Indian journal of veterinary science and animal husbandry - Volume 6,
Year: 1936
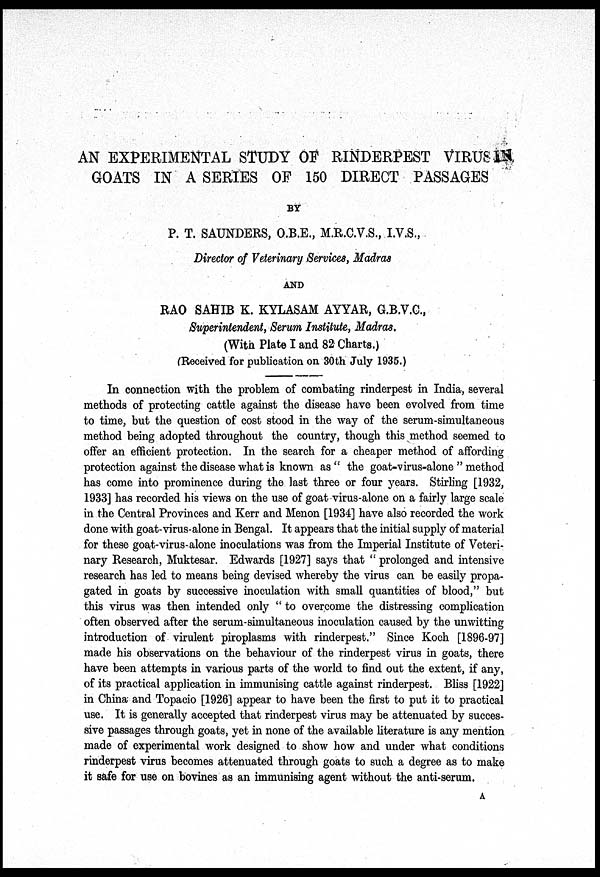
AN EXPERIMENTAL STUDY OF RINDERPEST VIRUS IN
GOATS IN A SERIES OF 150 DIRECT PASSAGES
BY
P. T. SAUNDERS, O.B.E., M.R.C.V.S., I.V.S.,
Director of Veterinary Services, Madras
AND
RAO SAHIB K. KYLASAM AYYAR, G.B.V.C.,
Superintendent, Serum Institute, Madras.
(With Plate I and 82 Charts.)
(Received for publication on 30th July 1935.)
In connection with the problem of combating rinderpest in India, several
methods of protecting cattle against the disease have been evolved from time
to time, but the question of cost stood in the way of the serum-simultaneous
method being adopted throughout the country, though this method seemed to
offer an efficient protection. In the search for a cheaper method of affording
protection against the disease what is known as " the goat-virus-alone " method
has come into prominence during the last three or four years. Stirling [1932,
1933] has recorded his views on the use of goat virus-alone on a fairly large scale
in the Central Provinces and Kerr and Menon [1934] have also recorded the work
done with goat-virus-alone in Bengal. It appears that the initial supply of material
for these goat-virus-alone inoculations was from the Imperial Institute of Veteri-
nary Research, Muktesar. Edwards [1927] says that " prolonged and intensive
research has led to means being devised whereby the virus can be easily propa-
gated in goats by successive inoculation with small quantities of blood," but
this virus was then intended only " to overcome the distressing complication
often observed after the serum-simultaneous inoculation caused by the unwitting
introduction of virulent piroplasms with rinderpest." Since Koch [1896-97]
made his observations on the behaviour of the rinderpest virus in goats, there
have been attempts in various parts of the world to find out the extent, if any,
of its practical application in immunising cattle against rinderpest. Bliss [1922]
in China and Topacio [1926] appear to have been the first to put it to practical
use. It is generally accepted that rinderpest virus may be attenuated by succes-
sive passages through goats, yet in none of the available literature is any mention
made of experimental work designed to show how and under what conditions
rinderpest virus becomes attenuated through goats to such a degree as to make
it safe for use on bovines as an immunising agent without the anti-serum.
A